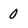
Character: 0